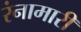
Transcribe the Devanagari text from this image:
रंनामारी